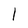
Character: l